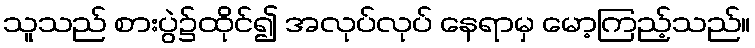
သူသည် စားပွဲ၌ထိုင်၍ အလုပ်လုပ် နေရာမှ မော့ကြည့်သည်။